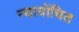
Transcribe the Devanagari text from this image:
न्‍यायोंचित